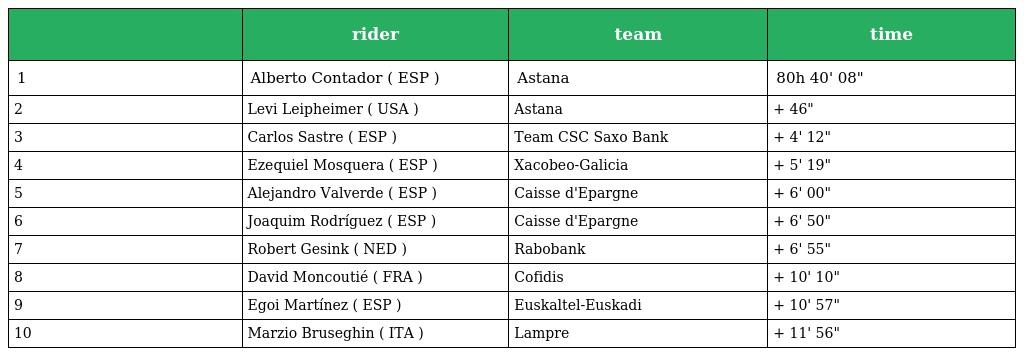
|  | rider | team | time |
 | --- | --- | --- | --- |
 | 1 | Alberto Contador ( ESP ) | Astana | 80h 40' 08" |
 | 2 | Levi Leipheimer ( USA ) | Astana | + 46" |
 | 3 | Carlos Sastre ( ESP ) | Team CSC Saxo Bank | + 4' 12" |
 | 4 | Ezequiel Mosquera ( ESP ) | Xacobeo-Galicia | + 5' 19" |
 | 5 | Alejandro Valverde ( ESP ) | Caisse d'Epargne | + 6' 00" |
 | 6 | Joaquim Rodríguez ( ESP ) | Caisse d'Epargne | + 6' 50" |
 | 7 | Robert Gesink ( NED ) | Rabobank | + 6' 55" |
 | 8 | David Moncoutié ( FRA ) | Cofidis | + 10' 10" |
 | 9 | Egoi Martínez ( ESP ) | Euskaltel-Euskadi | + 10' 57" |
 | 10 | Marzio Bruseghin ( ITA ) | Lampre | + 11' 56" |